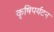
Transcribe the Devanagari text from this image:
कृषिपर्यटन